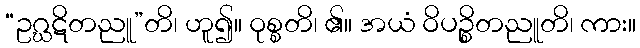
“ဥဂ္ဃဋိတညူ”တိ၊ ဟူ၍။ ဝုစ္စတိ၊ ၏။ အယံ ဝိပဉ္စိတညူတိ၊ ကား။